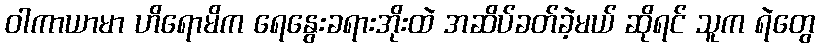
ဝါကာယာမာ ဟိရောမိက ရေနွေးခရားအိုးထဲ အဆိပ်ခတ်ခဲ့မယ် ဆိုရင် သူက ရဲတွေ